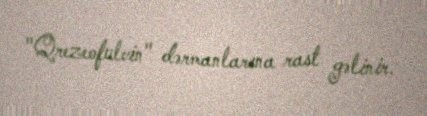
"Qrezeofulvin" dərmanlarına rast gəlinir.